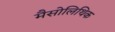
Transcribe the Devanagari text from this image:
मैसोलिथिक